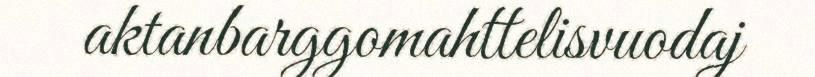
aktanbarggomahttelisvuodaj